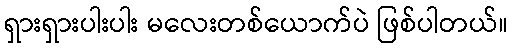
ရှားရှားပါးပါး မလေးတစ်ယောက်ပဲ ဖြစ်ပါတယ်။